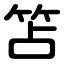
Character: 笘